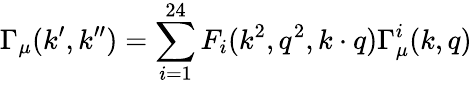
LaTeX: \Gamma_{\mu}(k^{\prime},k^{\prime\prime})=\sum_{i=1}^{24}F_{i}(k^{2},q^{2},k\cdot q)\Gamma_{\mu}^{i}(k,q)